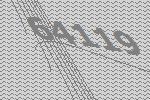
64119